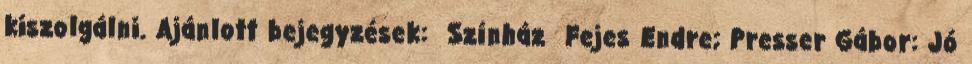
kiszolgálni. Ajánlott bejegyzések: Színház Fejes Endre; Presser Gábor: Jó